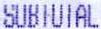
SUBTOTAL